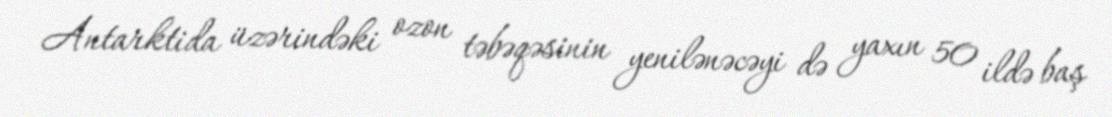
Antarktida üzərindəki ozon təbəqəsinin yenilənəcəyi də yaxın 50 ildə baş